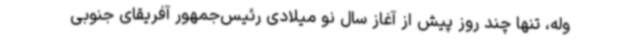
وله، تنها چند روز پیش از آغاز سال نو میلادی رئیس‌جمهور آفریقای جنوبی